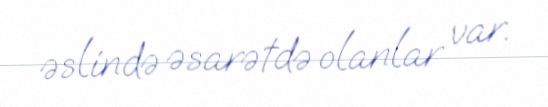
əslində əsarətdə olanlar var.